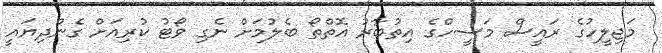
މަޖިލީހުގެ ރައީސް މަސީހްގެ އިތުބާރު އޮތްތޯ ބެލުމަށް ނެގި ވޯޓު ކުރިއަށް ގެންދިޔައީ